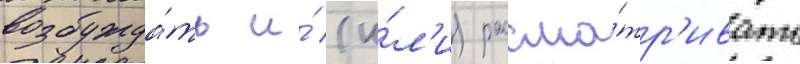
возбужда́ть и́ (и́л'и) рассма́тр'ивать